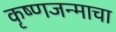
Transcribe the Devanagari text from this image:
कृष्णजन्माचा